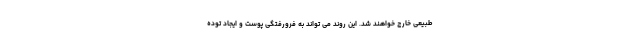
طبیعی خارج خواهند شد. این روند می تواند به فرورفتگی پوست و ایجاد توده